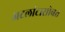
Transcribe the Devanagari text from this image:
अटलांटासोबत